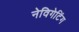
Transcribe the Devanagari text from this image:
नेविगेटिंग